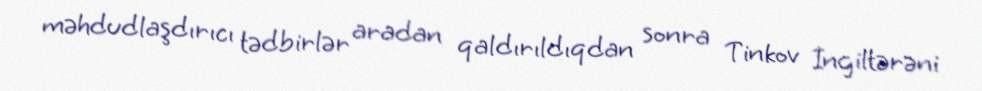
məhdudlaşdırıcı tədbirlər aradan qaldırıldıqdan sonra Tinkov İngiltərəni